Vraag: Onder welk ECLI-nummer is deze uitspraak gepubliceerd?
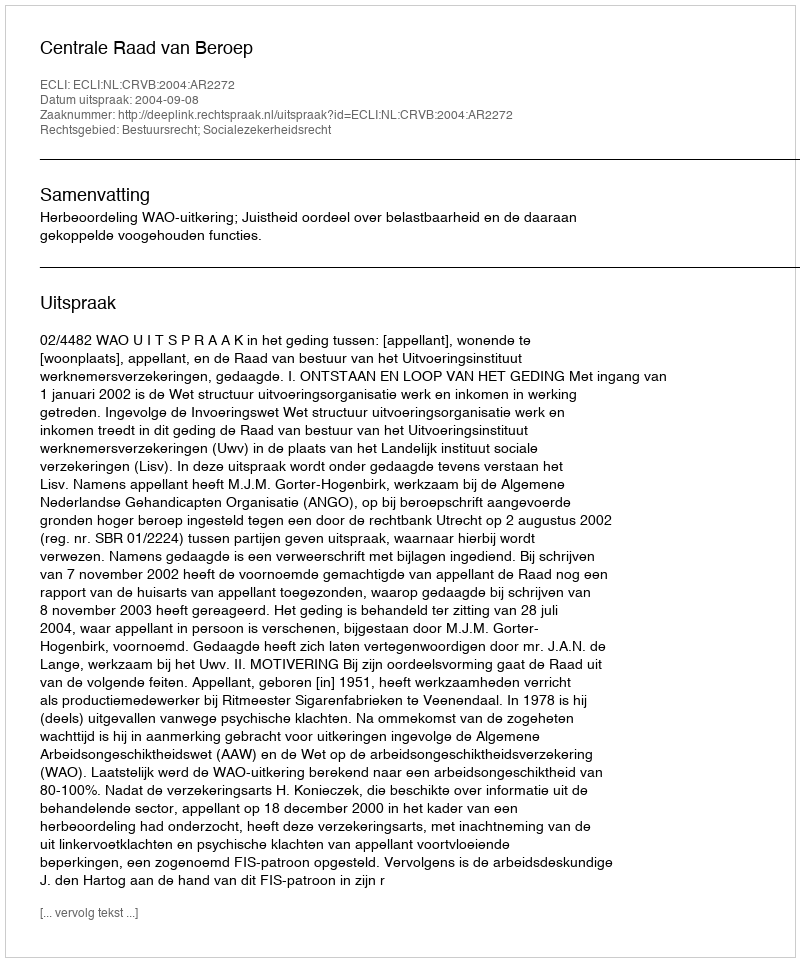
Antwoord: ECLI:NL:CRVB:2004:AR2272